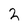
Character: 2